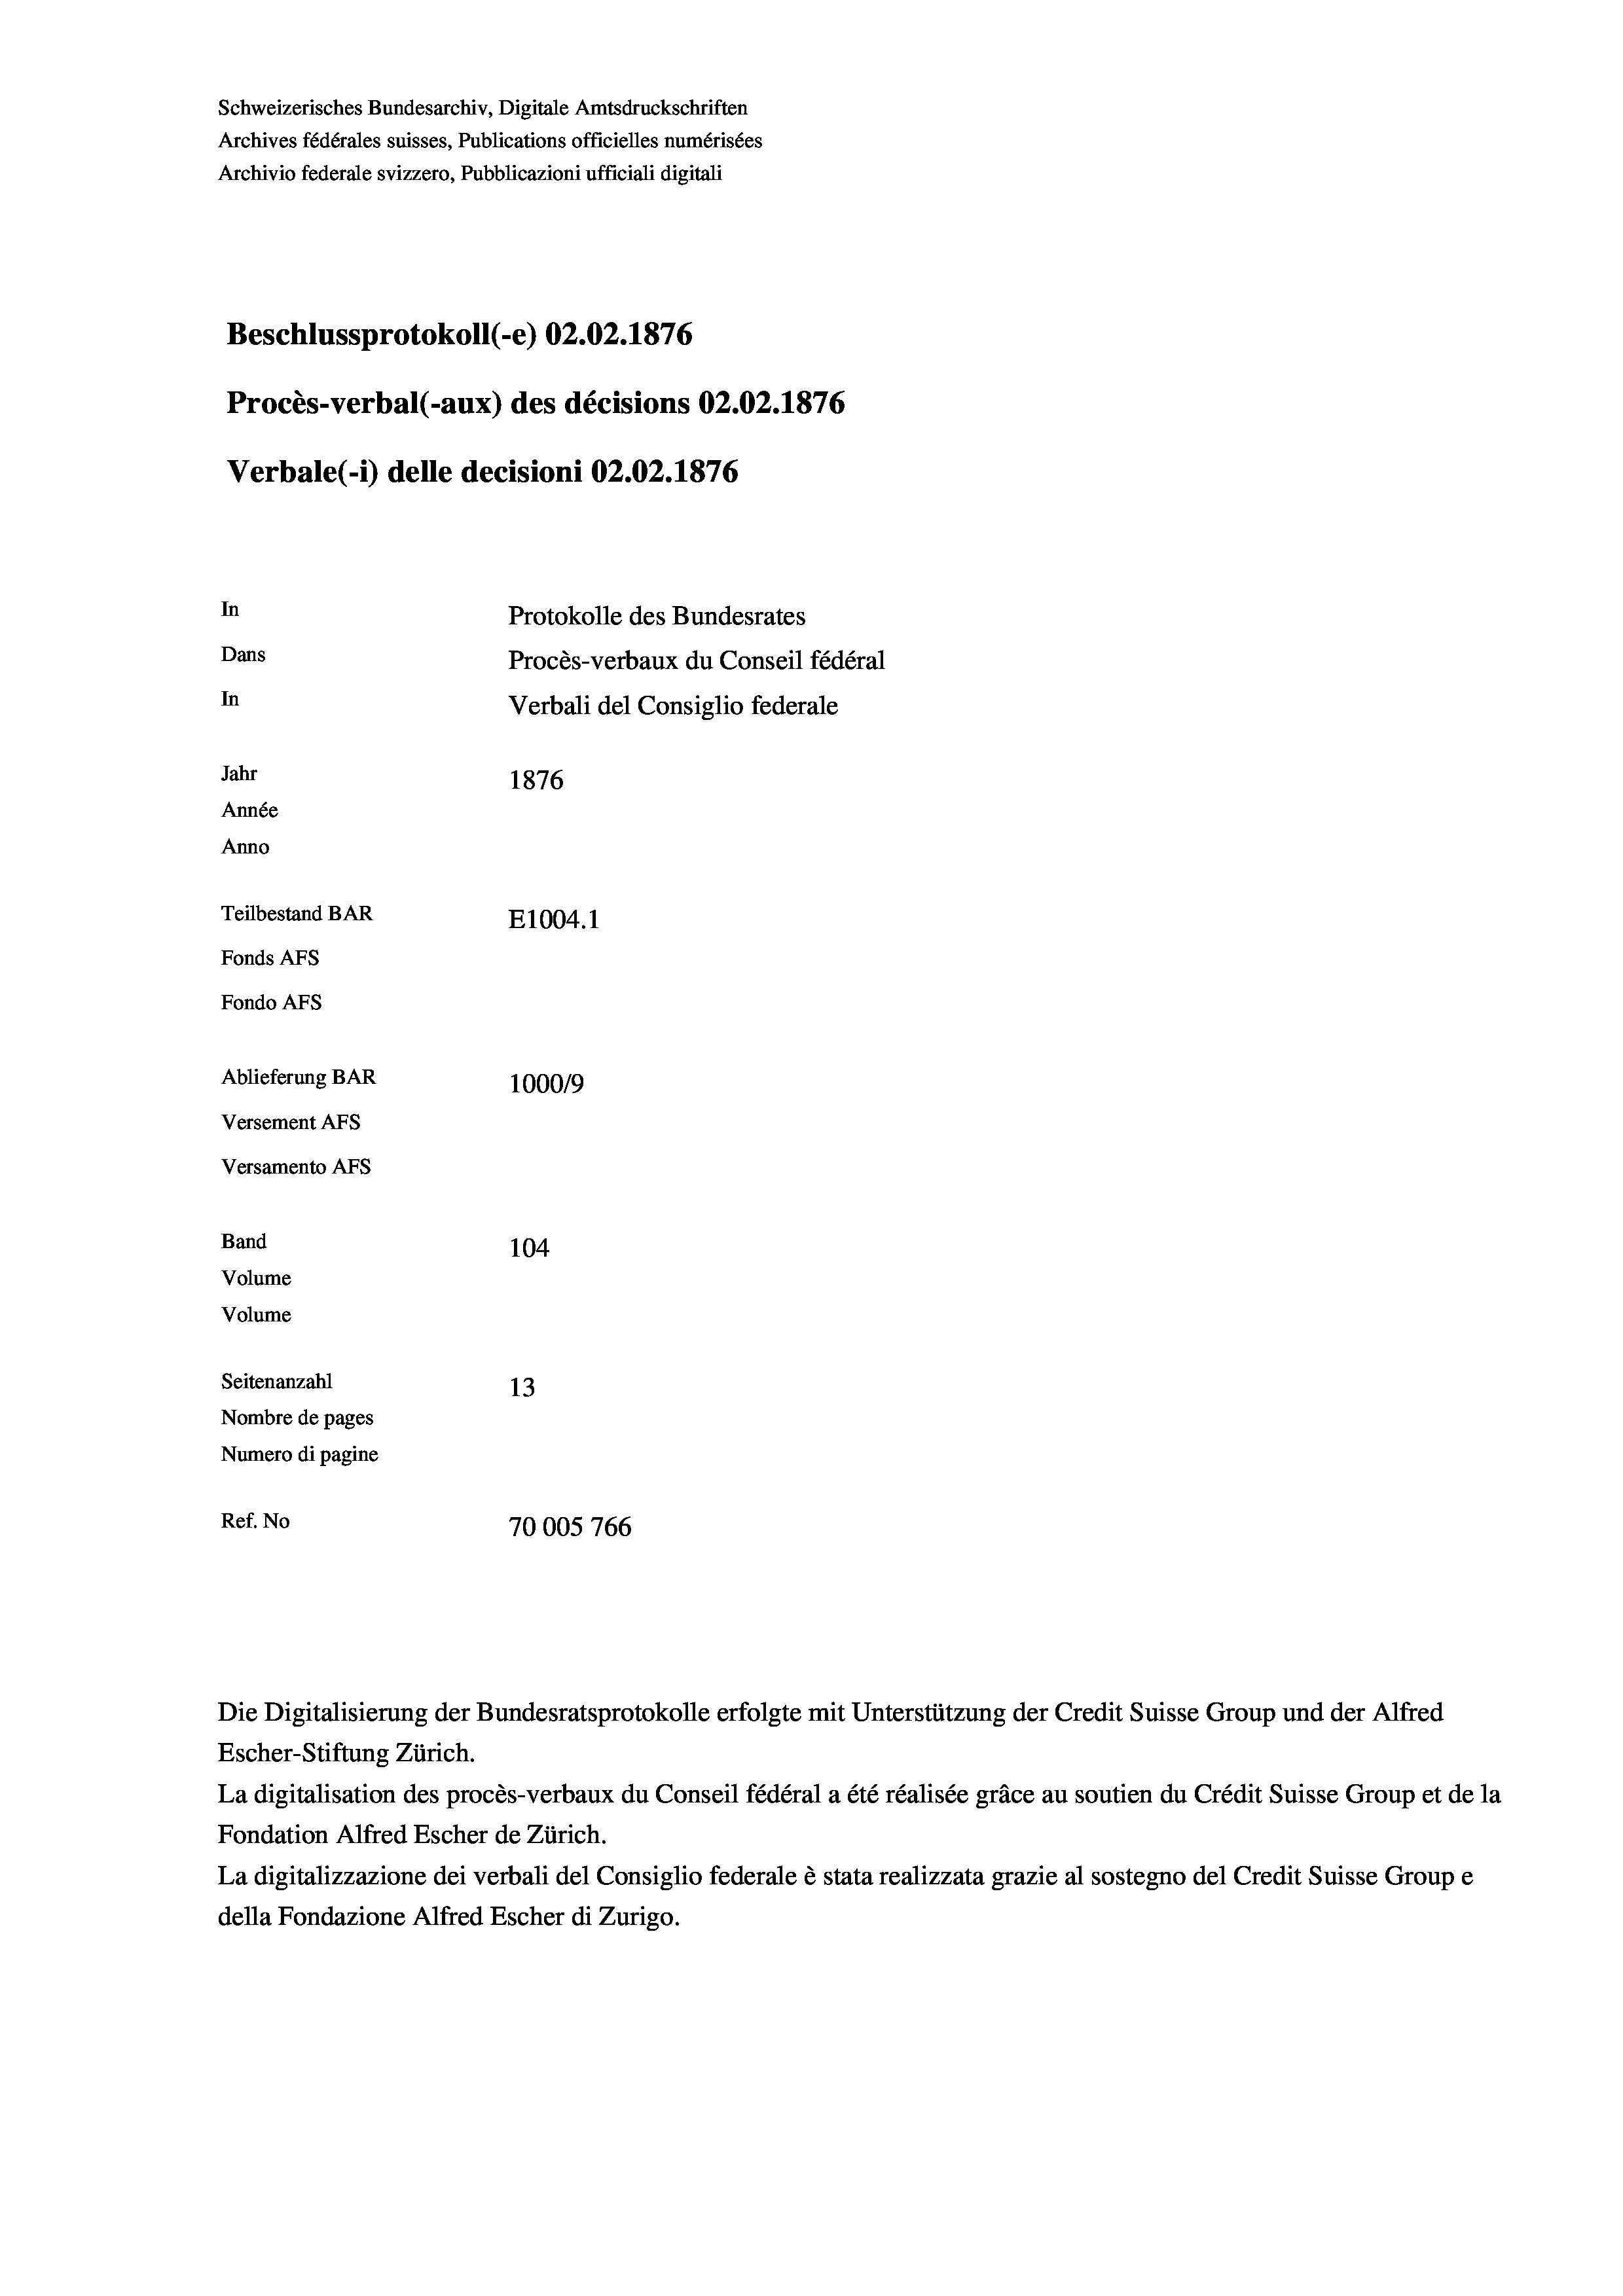
Schweizerisches Bundesarchiv, Digitale Amtsdruckschriften
Archives fédérales suisses, Publications officielles numérisées
Archivio federale svizzero, Pubblicazioni ufficiali digitali
Beschlussprotokoll (-e) 02.02. 1876
Procès-verbal (-aux) des décisions 02.02. 1876
Verbale (1) delle decisioni 02.02. 1876
In
Protokolle des Bundesrates
Dans
Procès-verbaux du Conseil fédéral
In
Verbali del Consiglio federale
Jahr
1876
Année
Anno
Teilbestand BAR
E1004. 1
Fonds AFs
Fondo AFs
Ablieferung BAR
1000/9
Versement AFS
Versamento Afs
Band
104

Seitenanzahl
13
Nombre de pages
Numero di pagine
Ref. No
70005 766

Volume
Volume

Escher-Stiftung Zürich.
La digitalisation des procès-verbaux du Conseil fédéral a été réalisée gräce au soutien du Crédit Suisse Group et de la
Fondation Alfred Escher de Zürich.
La digitalizzazione dei verbali del Consiglio federale è stata realizzata grazie al sostegno del Credit Suisse Groupe
della Fondazione Alfred Escher di Zurigo.

Die Digitalisierung der Bundesratsprotokolle erfolgte mit Unterstützung der Credit Suisse Group und der Alfred